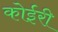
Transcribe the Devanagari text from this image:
कोईरी